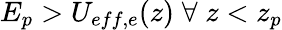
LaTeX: E_{p}>U_{eff,e}(z)\; \forall\; z<z_{p}